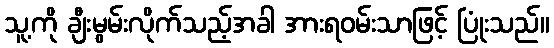
သူ့ကို ချီးမွမ်းလိုက်သည့်အခါ အားရဝမ်းသာဖြင့် ပြုံးသည်။